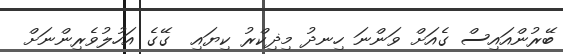
ބޭރުންއައިސް ގެއަށް ވަންނަ ހިނދު މިޛިކްރު ކިޔައި  ގޭގެ އަހުލުވެރިންނަށް